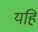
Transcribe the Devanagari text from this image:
यहि